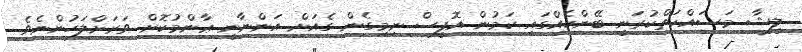
ލީޝާ މަސައްކަތްކުރަނީ ބޭންކެއްގައި ކަމުން އޮފީސް ނިމިގެން ގެއަށް އަންނާނީ ޢާންމުކޮށް ވަރަށްލަހުންނެވެ.